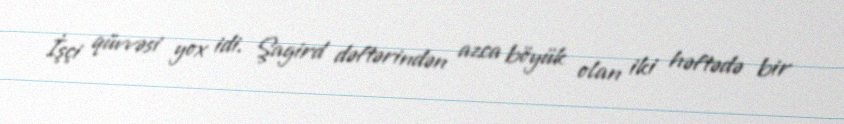
İşçi qüvvəsi yox idi. Şagird dəftərindən azca böyük olan iki həftədə bir